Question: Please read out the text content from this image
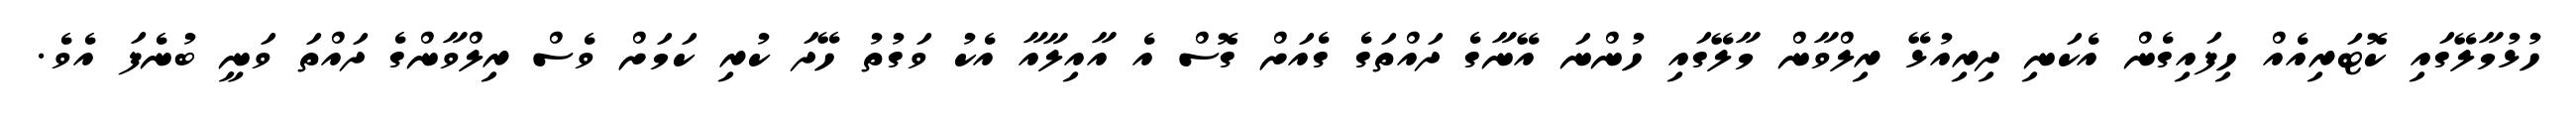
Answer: ހުޅުމާލޭގައި ކޮޓަރިއެއް ހިފައިގެން އެކަނި ދިރިއުޅޭ ރިލްވާން މާލޭގައި ހުންނަ އޭނާގެ ދައްތަގެ ގެއަށް ގޮސް އެ އާއިލާއާ އެކު ވަގުތު ހޭދަ ކުރި ކަމަށް ވެސް ރިލްވާންގެ ދައްތަ ވަނީ ބުނެފަ އެވެ.